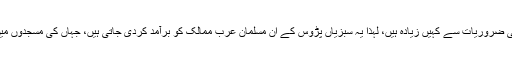
اسرائیل اس سسٹم کے ذریعے اتنی وافر مقدار میں سبزیاں پیدا کررہا ہے، جو اُس کی ضروریات سے کہیں زیادہ ہیں، لہٰذا یہ سبزیاں پڑوس کے اُن مسلمان عرب ممالک کو برآمد کردی جاتی ہیں، جہاں کی مسجدوں میں ہر جمعہ کی نماز کے بعد اسرائیل کی بربادیوں کے لیے دعائیں مانگی جاتی ہیں۔